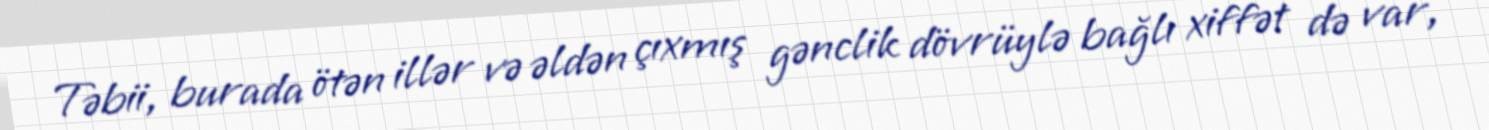
Təbii, burada ötən illər və əldən çıxmış gənclik dövrüylə bağlı xiffət də var,